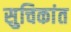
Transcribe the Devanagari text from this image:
सुचिकांत